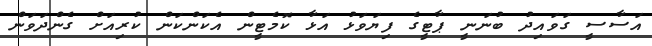
އަސާސީ ގަވައިދު ބުނަނީ ޕާޓީގެ ފިޔަވަޅު އަޅާ ކޮމެޓީން އެކަންކަން ކުރިއަށް ގެންދަވަން